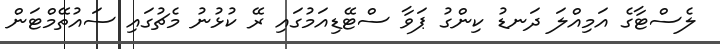
ލެސްޓާގެ އަމިއްލަ ދަނޑު ކިންގު ޕަވާ ސްޓޭޑިއަމުގައި ރޭ ކުޅުނު މެޗުގައި ސައުތޭމްޓަން